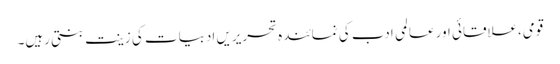
قومی،علاقائی اور عالمی ادب کی نمائندہ تحریریں ادبیات کی زینت بنتی رہیں۔